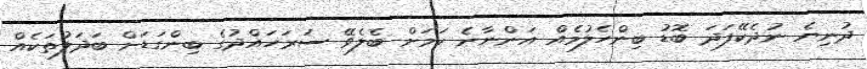
ދުނިޔެ ނުދެކޭފަދަ ބޮޑު ބިންހެލުމެއް އަންނާނެ ކަމަށް ބެލެވޭ ސަރަހައްދުގެ ބިންގަޑަށް ބަދަލުތަކެއް